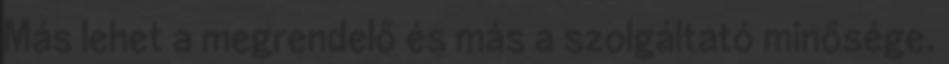
Más lehet a megrendelő és más a szolgáltató minősége.